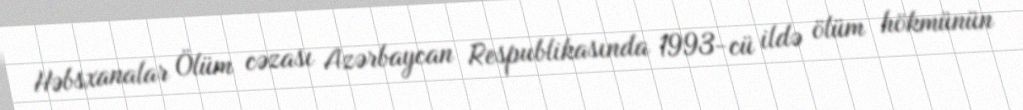
Həbsxanalar Ölüm cəzası Azərbaycan Respublikasında 1993-cü ildə ölüm hökmünün